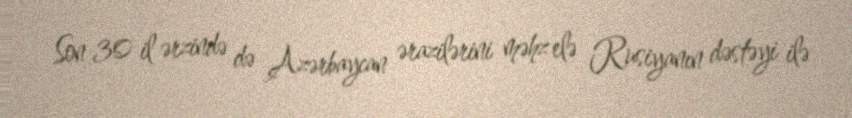
Son 30 il ərzində də Azərbaycan ərazilərini məhz elə Rusiyanın dəstəyi ilə